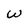
Character: W